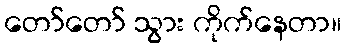
တော်တော် သွား ကိုက်နေတာ။